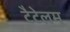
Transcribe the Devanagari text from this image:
टैटेलम